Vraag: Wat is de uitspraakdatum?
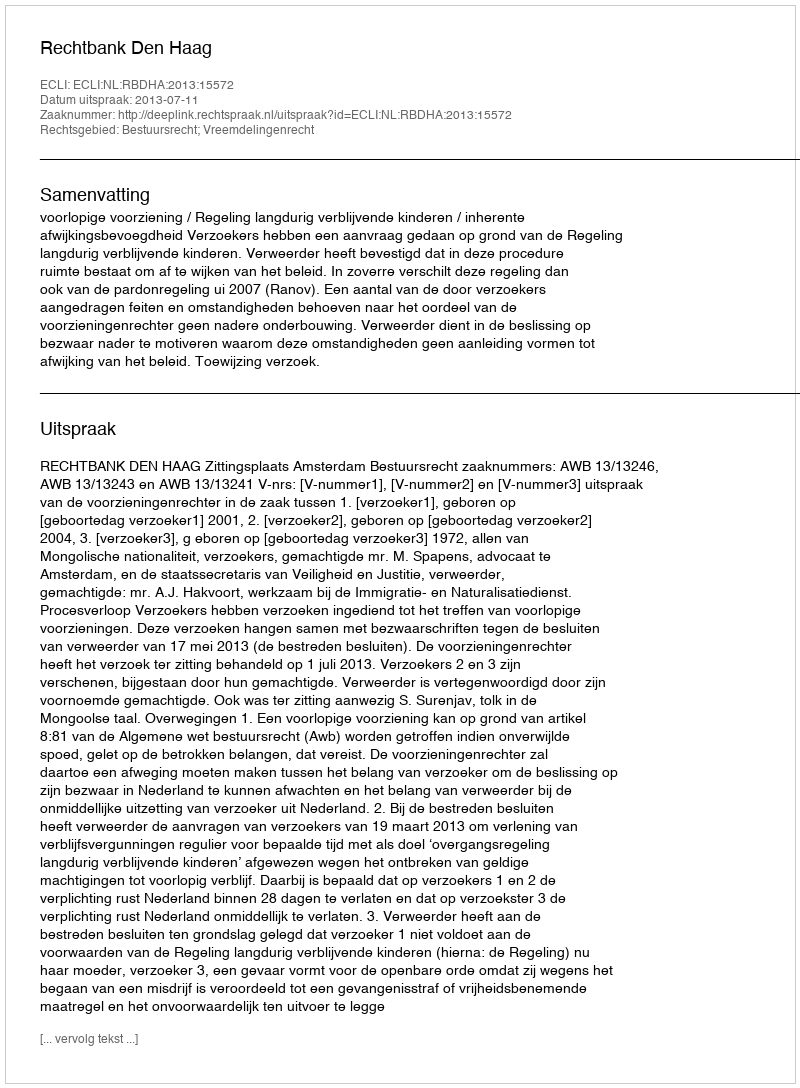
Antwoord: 2013-07-11